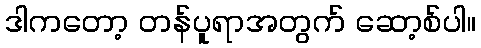
ဒါကတော့ တန်ပူရာအတွက် ဆော့စ်ပါ။